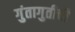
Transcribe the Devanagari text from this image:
गुंतागुतीची